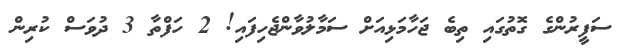
ސަފީރުންގެ ގޮތުގައި ތިބެ ޖަހާމަޅިއަށް ސަމާލުވާންޖެހިފައި! 2 ހަފްތާ 3 ދުވަސް ކުރިން